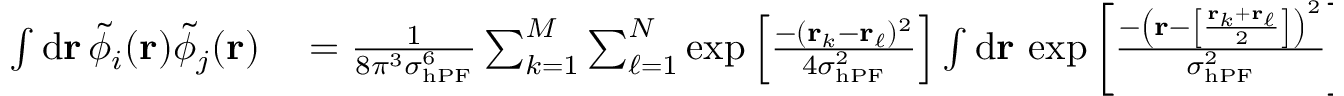
\begin{array} { r l } { \int \mathrm { d } \mathbf { r } \, \tilde { \phi } _ { i } ( \mathbf { r } ) \tilde { \phi } _ { j } ( \mathbf { r } ) } & { { } = \frac { 1 } { 8 \pi ^ { 3 } \sigma _ { \mathrm { h P F } } ^ { 6 } } \sum _ { k = 1 } ^ { M } \sum _ { \ell = 1 } ^ { N } \exp \left[ \frac { - ( \mathbf { r } _ { k } - \mathbf { r } _ { \ell } ) ^ { 2 } } { 4 \sigma _ { \mathrm { h P F } } ^ { 2 } } \right] \int \mathrm { d } \mathbf { r } \, \exp \left[ \frac { - \left( \mathbf { r } - \left[ \frac { \mathbf { r } _ { k } + \mathbf { r } _ { \ell } } { 2 } \right] \right) ^ { 2 } } { \sigma _ { \mathrm { h P F } } ^ { 2 } } \right] } \end{array}